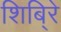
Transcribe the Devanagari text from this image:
शिबि्रे